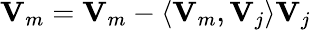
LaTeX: {\mathbf V}_{m}={\mathbf V}_{m}-\langle{\mathbf V}_{m},{\mathbf V}_{j}\rangle{\mathbf V}_{j}